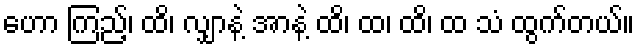
ဟော ကြည့်၊ ထိ၊ လျှာနဲ့ အာနဲ့ ထိ၊ ထ၊ ထိ၊ ထ သံ ထွက်တယ်။